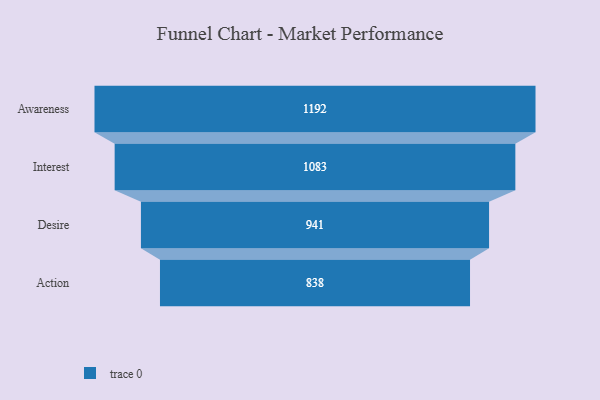
{"axis": {"x": "Stage", "y": "Value"}, "legend": [""], "data": [{"x": "Awareness", "y": 1192.0, "type": ""}, {"x": "Interest", "y": 1083.0, "type": ""}, {"x": "Desire", "y": 941.0, "type": ""}, {"x": "Action", "y": 838.0, "type": ""}]}